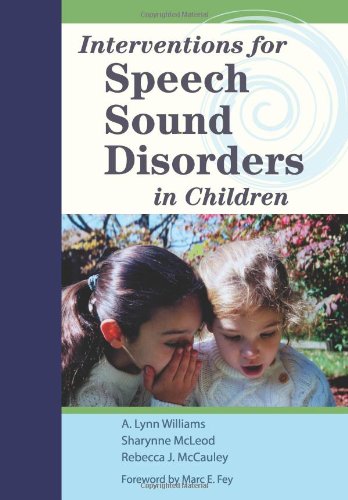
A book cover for Interventions for Speech Sound Disorders in Children (CLI); Medical Books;